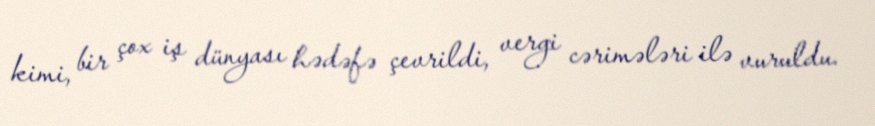
kimi, bir çox iş dünyası hədəfə çevrildi, vergi cərimələri ilə vuruldu.